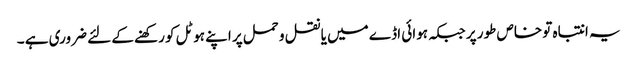
یہ انتباہ تو خاص طور پر جبکہ ہوائی اڈے میں یا نقل و حمل پر اپنے ہوٹل کو رکھنے کے لئے ضروری ہے ۔